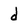
Character: d